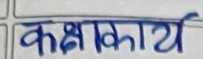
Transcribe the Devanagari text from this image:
कक्षाकार्य